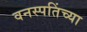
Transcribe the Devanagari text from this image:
वनस्पतिंच्या